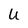
Character: U